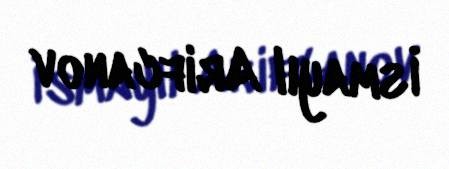
İsmayıl Arifcanov